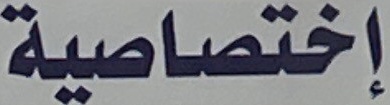
اختصاصیة